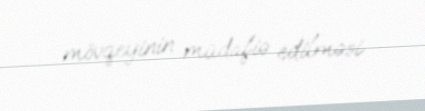
mövqeyinin müdafiə edilməsi.